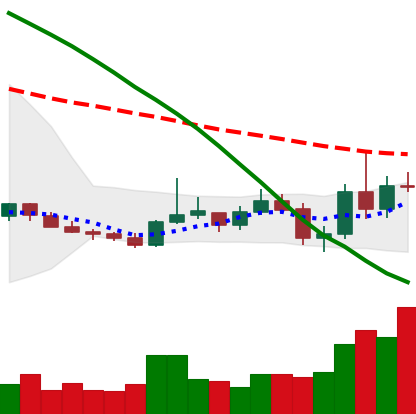
Ticker: XMR-USD
Chart end date: 2019-10-28
Forward return: 4.631%
Label: up_3_5